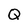
Character: Q